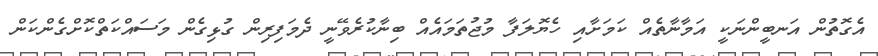
އެގޮތުން އަނބީންނަކީ އަމާނާތެއް ކަމަށާއި ހެޔޮލަފާ މުޖުތަމައެއް ބިނާކުރެވޭނީ ދެމަފިރިން ގުޅިގެން މަސައްކަތްކޮށްގެންކަން